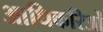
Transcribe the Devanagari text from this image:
आधिकरिओं